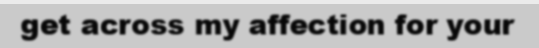
get across my affection for your